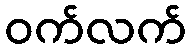
ဝက်လက်